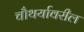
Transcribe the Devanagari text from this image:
चौथर्यावरील